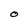
Character: O